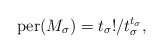
\begin{align*}\mathrm{per}(M_\sigma) = t_\sigma!/t_\sigma^{t_\sigma},\end{align*}